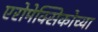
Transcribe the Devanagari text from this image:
एरोमेक्सिकोच्या